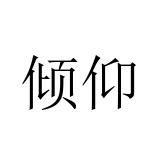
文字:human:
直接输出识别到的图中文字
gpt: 倾仰